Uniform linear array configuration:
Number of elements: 12
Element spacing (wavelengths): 0.25
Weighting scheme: binomial
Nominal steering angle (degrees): -45
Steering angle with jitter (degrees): -43.645
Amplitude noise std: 0.05
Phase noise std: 0.05

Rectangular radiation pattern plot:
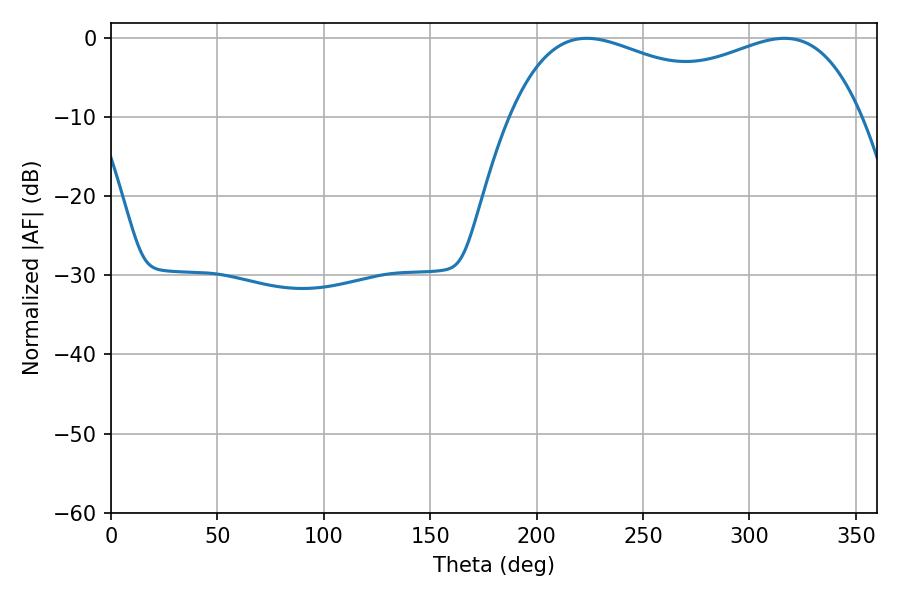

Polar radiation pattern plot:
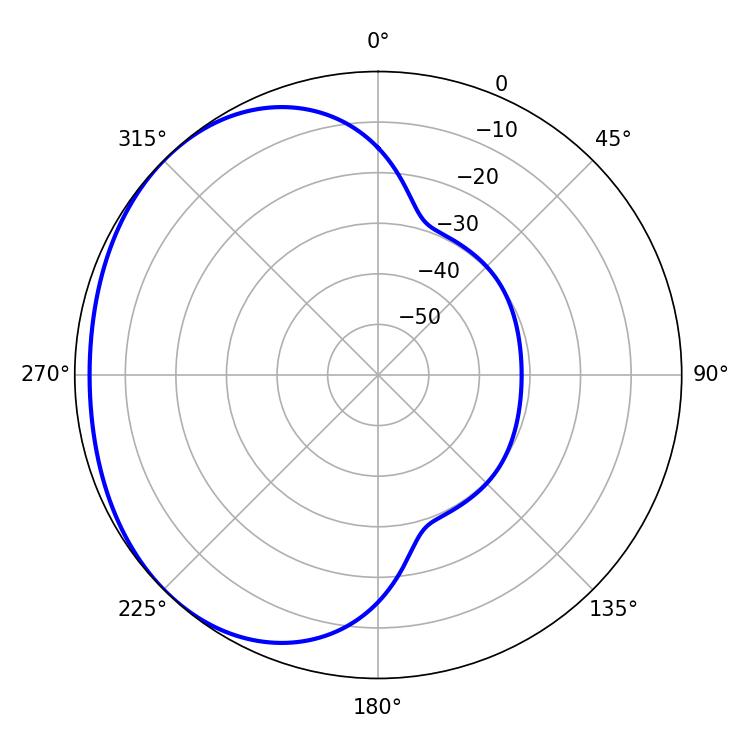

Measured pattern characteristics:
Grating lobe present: FALSE
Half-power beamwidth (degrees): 136.08
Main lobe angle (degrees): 223.56